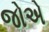
જોએ